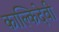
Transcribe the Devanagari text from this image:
काल्किदेवी